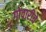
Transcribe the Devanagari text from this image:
गोवारीचे